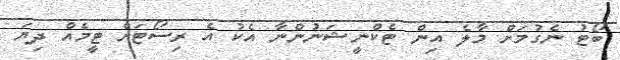
ބޯޓު ނެގުމަށް މާލެ އިން ޓެކްނީޝަނުންނާ އެކު އެ ރިސޯޓަށް ޓީމެއް ދިޔަ